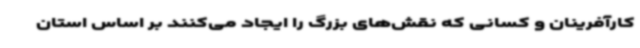
کارآفرینان و کسانی که نقش‌های بزرگ را ایجاد می‌کنند بر اساس استان